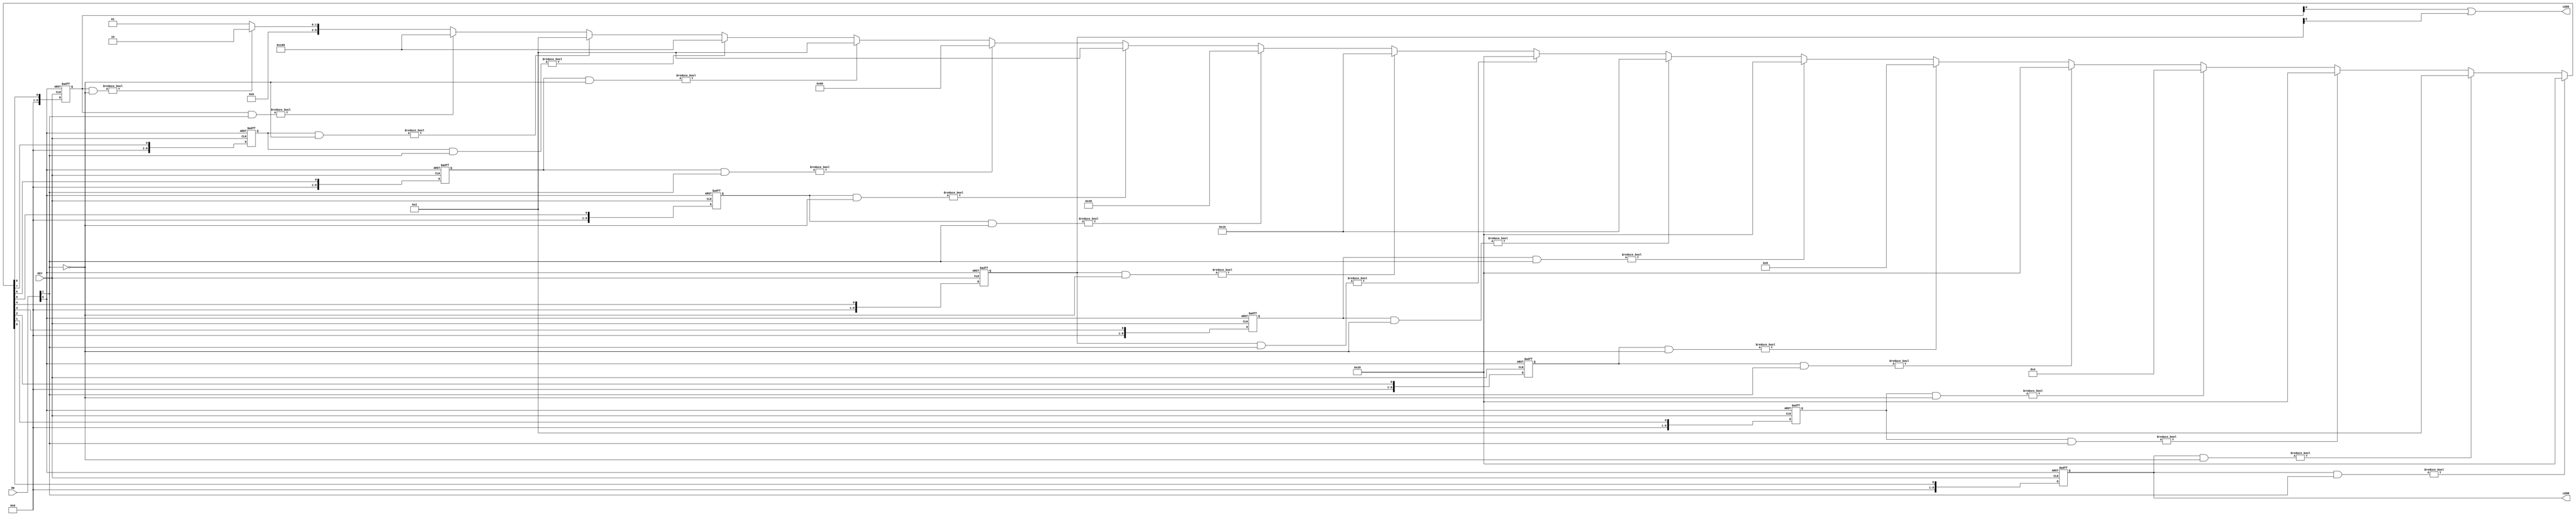
module Part5 (SW, KEY, LEDG, LEDR);
  input [1:0] SW;
  input [0:0] KEY;
  output [0:0] LEDG;
  output [8:0] LEDR;

  wire Clock, Resetn, w, z;
  wire [8:0] next_y;

  assign Clock = KEY[0];
  assign Resetn = ~SW[0]; // Active low reset
  assign w = SW[1];

  // Define one-hot encoded states using individual flip-flops
  reg [8:0] y8, y7, y6, y5, y4, y3, y2, y1, y0; // State flip-flops

  // Next-state logic using simple assign statements
  always @(posedge Clock or negedge Resetn) begin
    if (~Resetn) begin
      y8 <= 1'b0;
      y7 <= 1'b0;
      y6 <= 1'b0;
      y5 <= 1'b0;
      y4 <= 1'b0;
      y3 <= 1'b0;
      y2 <= 1'b0;
      y1 <= 1'b0;
      y0 <= 1'b1; // Initial state A
    end
    else begin
      y8 <= next_y[8];
      y7 <= next_y[7];
      y6 <= next_y[6];
      y5 <= next_y[5];
      y4 <= next_y[4];
      y3 <= next_y[3];
      y2 <= next_y[2];
      y1 <= next_y[1];
      y0 <= next_y[0];
    end
  end

  assign next_y = (y0 & w) ? 9'b000100000 :
                (y0 & ~w) ? 9'b000000010 :
                (y1 & w) ? 9'b000100000 :
                (y1 & ~w) ? 9'b000000100 :
                (y2 & w) ? 9'b000100000 :
                (y2 & ~w) ? 9'b000001000 :
                (y3 & w) ? 9'b000100000 :
                (y3 & ~w) ? 9'b000010000 :
                (y4 & w) ? 9'b000100000 :
                (y4 & ~w) ? 9'b000010000 :
                (y5 & w) ? 9'b001000000 :
                (y5 & ~w) ? 9'b000000010 :
                (y6 & w) ? 9'b010000000 :
                (y6 & ~w) ? 9'b000000010 :
                (y7 & w) ? 9'b100000000 :
                (y7 & ~w) ? 9'b000000010 :
                (y8 & w) ? 9'b100000000 :
                (y8 & ~w) ? 9'b000000010 :
                            9'b000000001; // Default to state A for any undefined state


  // Output assignments
  assign z = y8 | y4; // z is 1 when in state I or E
  assign LEDR[8:0] = {y8, y7, y6, y5, y4, y3, y2, y1, y0};
  assign LEDG[0] = z;

endmodule